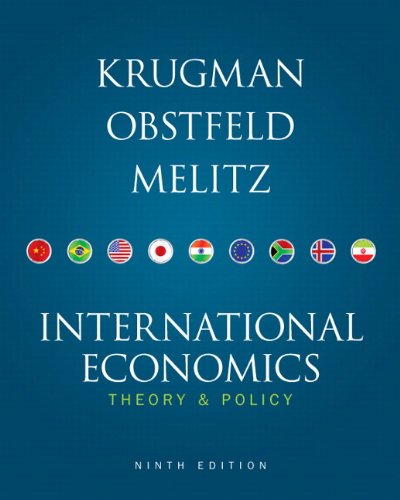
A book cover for International Economics: Theory and Policy, 9th Edition; Paul R. Krugman; Business & Money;